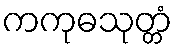
ကကုဓသုတ္တံ